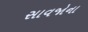
સાવજોના